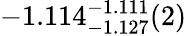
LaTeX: -1.114_{-1.127}^{-1.111}(2)